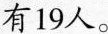
有19人。